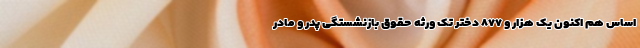
اساس هم اکنون یک هزار و ۸۷۷ دختر تک ورثه حقوق بازنشستگی پدر و مادر